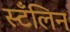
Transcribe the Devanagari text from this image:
स्टँलिन